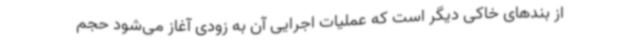
از بندهای خاکی دیگر است که عملیات اجرایی آن به زودی آغاز می‌شود حجم